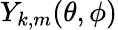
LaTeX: Y_{k,m}(\theta,\phi)